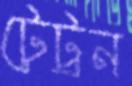
টেট্রন